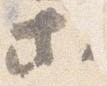
等